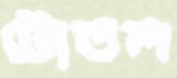
টোতল